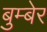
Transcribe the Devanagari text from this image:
बुम्बेर